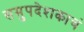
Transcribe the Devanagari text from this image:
समुपदेशकाचं